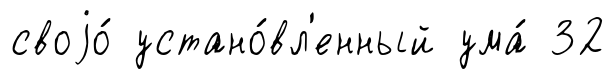
своjо́ устано́вл'енный ума́ 32